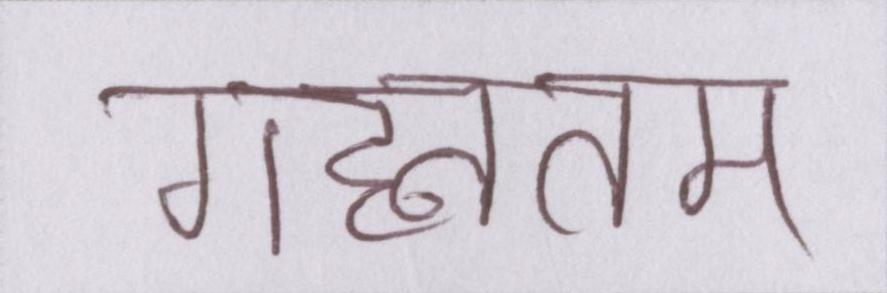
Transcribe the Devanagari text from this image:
गहनतम